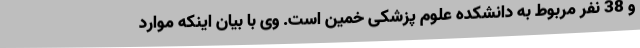
و 38 نفر مربوط به دانشکده علوم پزشکی خمین است. وی با بیان اینکه موارد